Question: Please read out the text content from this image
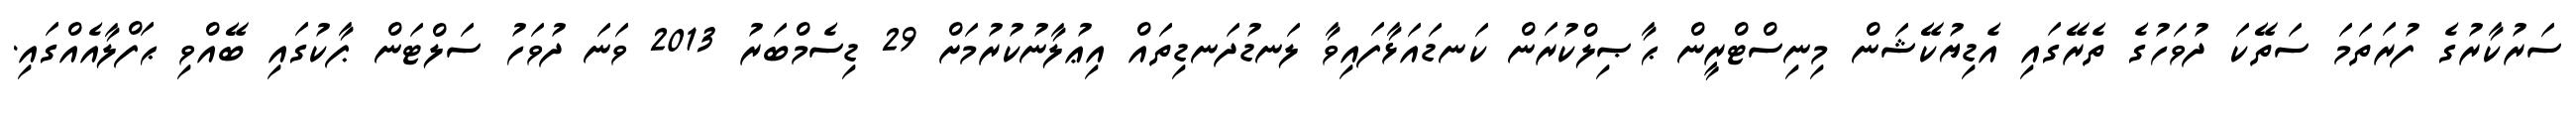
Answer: ސަރުކާރުގެ ފުރަތަމަ ސަތޭކަ ދުވަހުގެ ތެރޭގައި އެޑިޔުކޭޝަން މިނިސްޓްރީން ޙާޞިލްކުރަން ކަނޑައަޅާފައިވާ ލަނޑުދަނޑިތައް އިޢުލާނުކުރުމަށް 29 ޑިސެމްބަރު 2013 ވަނަ ދުވަހު ސަލްޓަން ޕާކުގައި ބޭއްވި ޙަފްލާއެއްގައި.